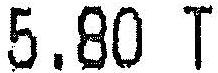
5.80 T